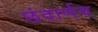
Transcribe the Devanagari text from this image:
छंदार्णव